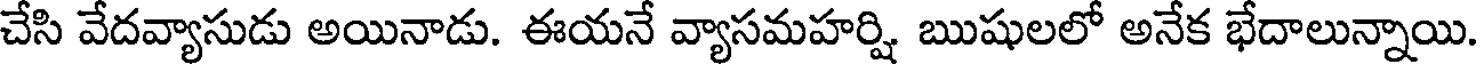
చేసి వేదవ్యాసుడు అయినాడు. ఈయనే వ్యాసమహర్షి ఋషులలో అనేక భేదాలున్నాయి